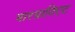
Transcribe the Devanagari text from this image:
मारग्राविएट